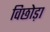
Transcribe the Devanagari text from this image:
विछोड़ा